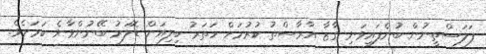
ފަލަސްތީނުން ބުނެފައިވަނި ގާޒާ އާރާސްތު ކުރުމަށް ހަތަރު ބިލިއަން ޑޮލަރު ބޭނުންވާނެ ކަމަށެވެ.